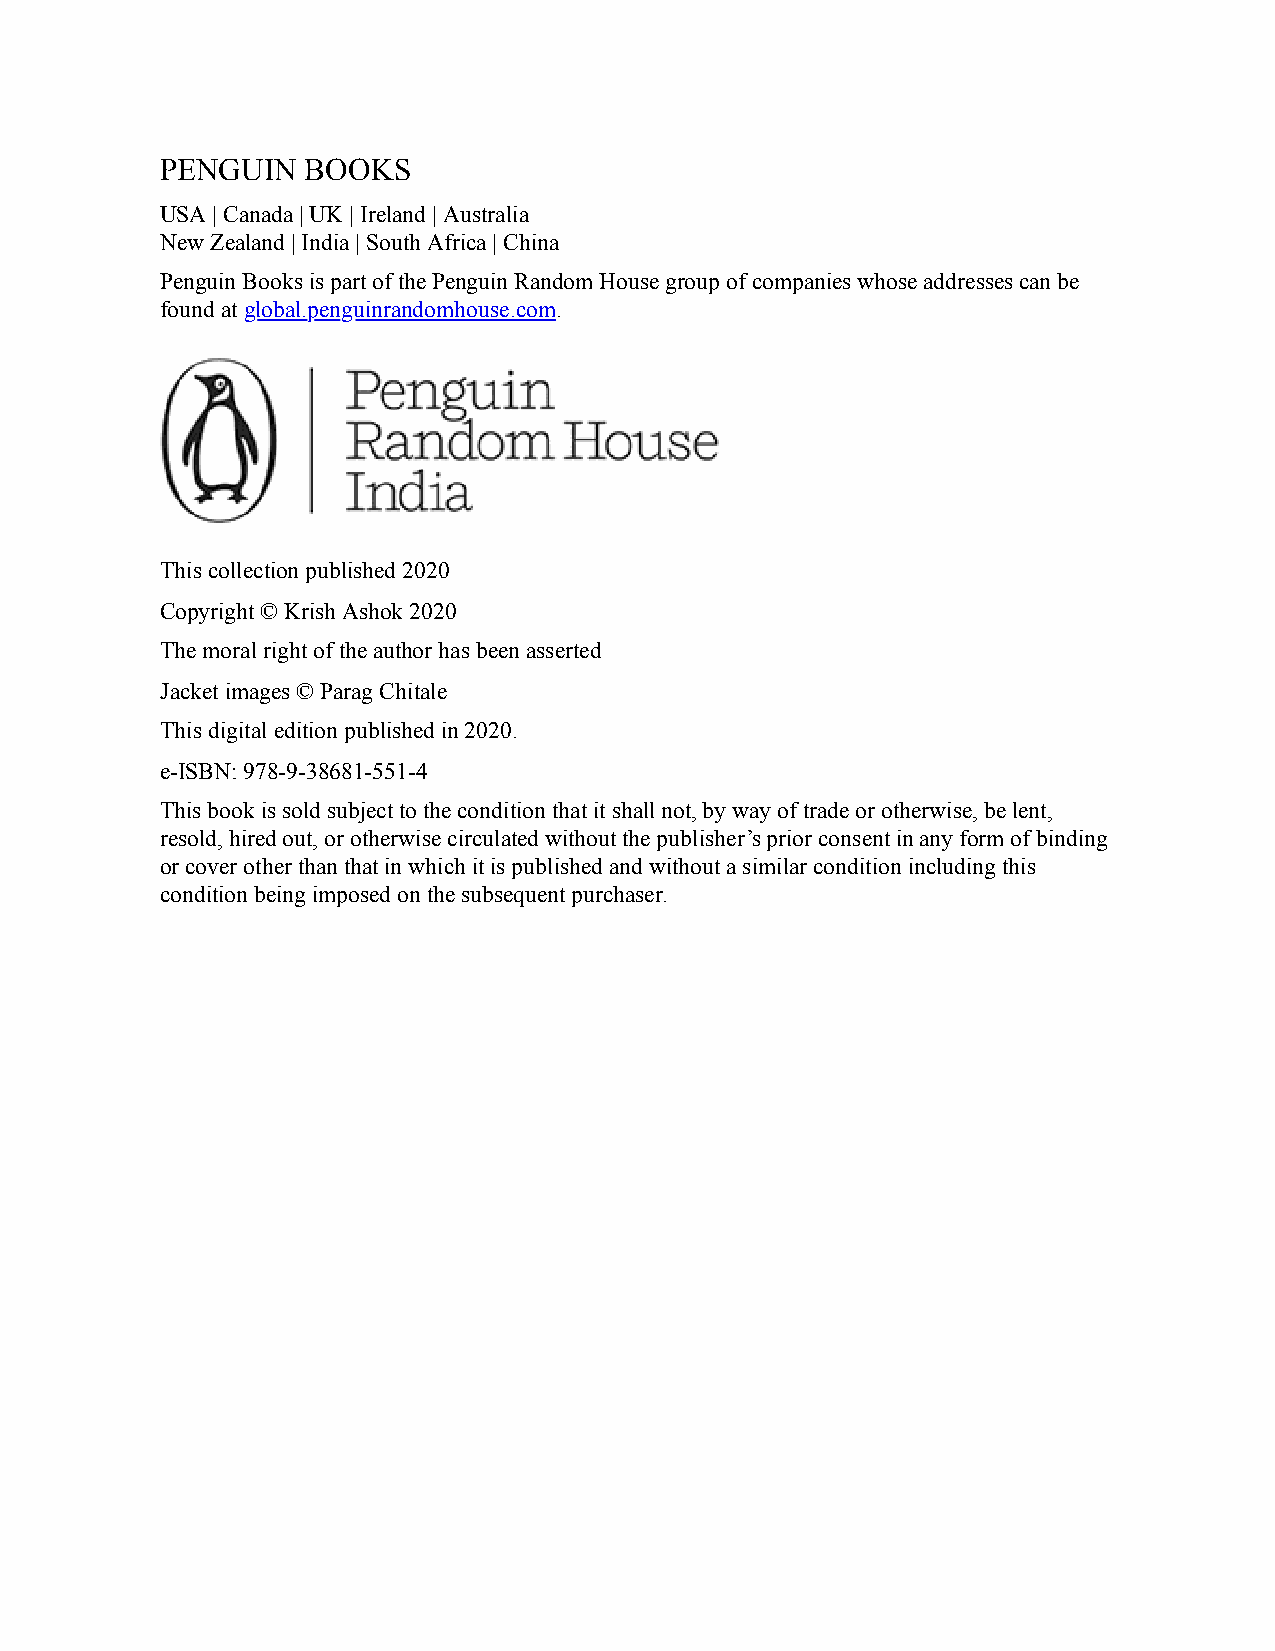
PENGUIN  BOOKS
 USA | Canada | UK | Ireland | Australia
 New Zealand | India | South Africa | China
 Penguin Books is part of the Penguin Random House group of companies whose addresses can be
 found at global.penguinrandomhouse.com.
 This collection published 2020
 Copyright © Krish Ashok 2020
 The moral right of the author has been asserted
 Jacket images © Parag Chitale
 This digital edition published in 2020.
 e-ISBN: 978-9-38681-551-4
 This book is sold subject to the condition that it shall not, by way of trade or otherwise, be lent,
 resold, hired out, or otherwise circulated without the publisher’s prior consent in any form of binding
 or cover other than that in which it is published and without a similar condition including this
 condition being imposed on the subsequent purchaser.